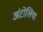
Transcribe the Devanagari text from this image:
अंटोलिया